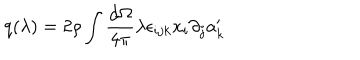
LaTeX: q ( \lambda ) = 2 \rho \int \frac { d \Omega } { 4 \pi } \lambda \epsilon _ { i j k } x _ { i } \partial _ { j } a _ { k } ^ { \prime }